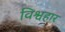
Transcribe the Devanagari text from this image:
विश्वहार